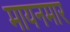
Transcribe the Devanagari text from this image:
मायनमार